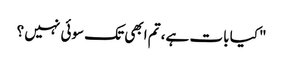
"کیا بات ہے، تم ابھی تک سوئی نہیں ؟